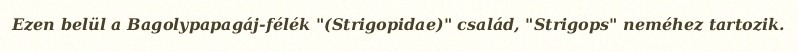
Ezen belül a Bagolypapagáj-félék "(Strigopidae)" család, "Strigops" neméhez tartozik.